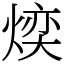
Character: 㷜